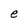
Character: e